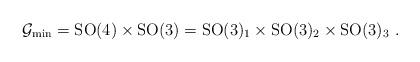
LaTeX: \begin{align*}\mathcal{G}_{\rm min} = \mathrm{SO}(4) \times \mathrm{SO}(3) = \mathrm{SO}(3)_1 \times \mathrm{SO}(3)_{2} \times \mathrm{SO}(3)_{3}~.\end{align*}